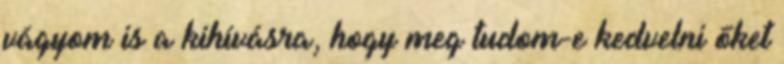
vágyom is a kihívásra, hogy meg tudom-e kedvelni őket